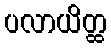
ပလာယိတ္ထ